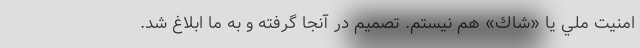
امنيت ملي يا «شاك» هم نيستم. تصميم در آنجا گرفته و به ما ابلاغ شد.